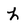
Character: h